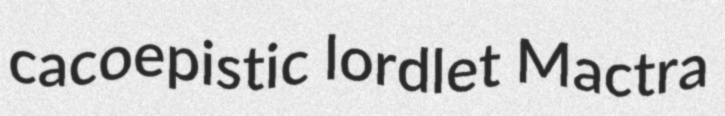
cacoepistic lordlet Mactra